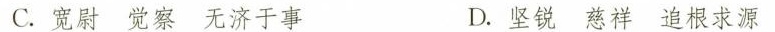
C.宽尉 觉察 无济于事 D.坚锐 慈祥 追根求源